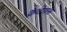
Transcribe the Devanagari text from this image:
क्रैटेगस